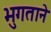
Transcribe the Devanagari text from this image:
भुगताने